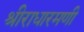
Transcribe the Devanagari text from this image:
श्रीराधारमणी